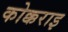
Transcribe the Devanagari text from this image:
कोक्कराइ